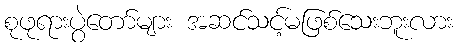
စုဖုရားပွဲတော်များ အဆင်သင့်မဖြစ်သေးဘူးလား